Lunatic asylums Punjab 1868-1880 - 1868-1880
Year: 1868
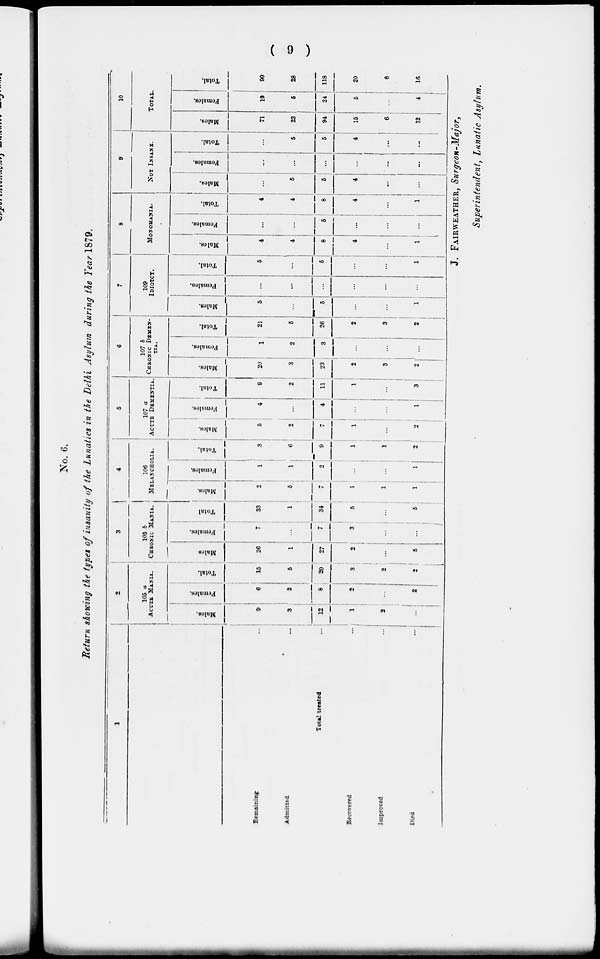
( 9 )
No. 6.
Return showing the types of insanity of the Lunatics in the Delhi Asylum during the Tear 1879.
1
Remaining
Admitted
Total treated
Recovered
Improved
Died
...
...
...
...
...
...
2
105 a
ACUTE MANIA.
Males.
9
3
12
1
2
...
Females.
6
2
8
2
...
2
Total.
15
5
20
3
2
2
3
105 b
CHRONIC MANIA.
Males.
26
1
27
2
...
5
Females.
7
...
7
3
...
...
Total
33
1
34
5
...
5
4
106
MELANCHOLIA.
Males.
2
...
7
...
1
1
Females.
1
1
...
2
...
...
1
Total.
3
6
9
1
1
2
5
107 a
ACUTE DEMENTIA.
Males.
5
2
7
...
...
2
Females.
4
...
4
...
...
1
Total.
9
2
11
1
...
3
6
107 b
CHRONIC DEMEN-
TIA.
Males.
20
3
23
2
3
2
Females.
1
2
3
...
...
...
Total.
21
5
26
2
3
2
7
109
IDIOTCY.
Males.
5
...
6
...
...
1
Females.
...
...
...
...
...
...
Total.
5
...
5
...
...
1
8
MONOMANIA.
Males.
4
4
8
4
...
1
Females.
...
...
5
...
...
...
Total.
4
4
8
4
...
1
9
NOT INSANE.
Males.
...
5
5
4
...
...
Females.
...
...
...
...
...
...
Total.
...
5
5
4
...
...
10
TOTAL.
Males.
71
23
94
15
6
12
Females.
19
5
24
5
...
4
Total.
90
28
118
20
6
16
J. FAIRWEATHER, Surgeon-Major,
Superintendent, Lunatic Asylum.